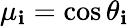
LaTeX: \mu_{\mathbf{i}}=\cos\theta_{\mathbf{i}}